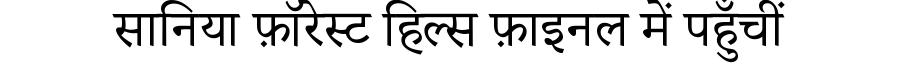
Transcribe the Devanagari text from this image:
सानिया फ़ॉरेस्ट हिल्स फ़ाइनल में पहुँचीं